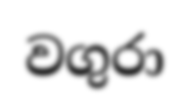
වගුරා